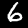
Label: 6